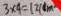
3 \times 4 = 1 2 ( d m ^ { 2 } )